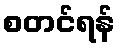
စတင်ရန်